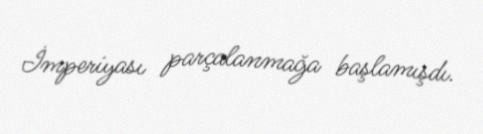
İmperiyası parçalanmağa başlamışdı.